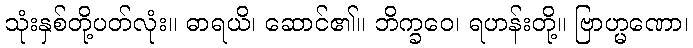
သုံးနှစ်တို့ပတ်လုံး။ ဓာရယိ၊ ဆောင်၏။ ဘိက္ခဝေ၊ ရဟန်းတို့။ ဗြာဟ္မဏော၊